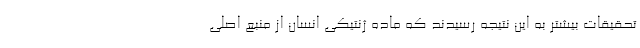
تحقیقات بیشتر به این نتیجه رسیدند که ماده ژنتیکی انسان از منبع اصلی